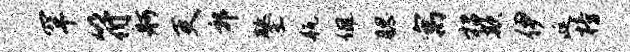
罕符舸吏郭鏊瓶佩腮寓招欺伊涎榜